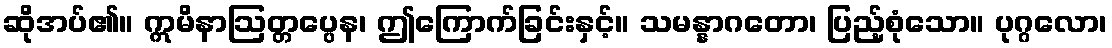
ဆိုအပ်၏။ ဣမိနာဩတ္တပ္ပေန၊ ဤကြောက်ခြင်းနှင့်။ သမန္နာဂတော၊ ပြည့်စုံသော။ ပုဂ္ဂလော၊